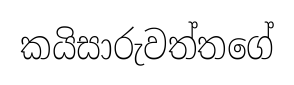
කයිසාරුවත්තගේ